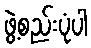
ဖွဲ့စည်းပုံပါ